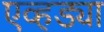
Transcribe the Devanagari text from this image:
एव्हड्या